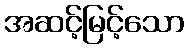
အဆင့်မြင့်သော